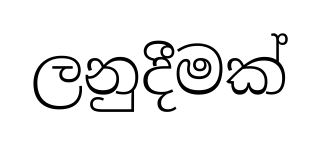
ලනුදීමක්